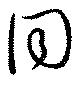
同